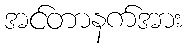
အင်တာနက်အား